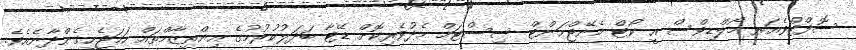
ސޮފްޓްވެއަރ މޯލްޑިވްސް އީ-ކޯޓް މެނޭޖްމަންޓް ސިސްޓަމް މެދުވެރިކޮށް ޑޭޓާ ބަދަލުކުރުމުގެ އިންތިޒާމްތައް ހަމަޖެހިގެންދާނެއެވެ.